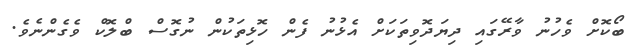
ބޯކޮށް ވެހުނު ވާރޭގައި ދިޔަދޮވިތަކަށް އެޅުނު ފެން ހޮޅިތަކުން ނުގޮސް ބްލޮކް ވެގެންނެވެ.